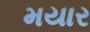
મયાર